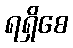
ရရှိစေ